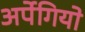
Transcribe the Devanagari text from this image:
अर्पेगियो